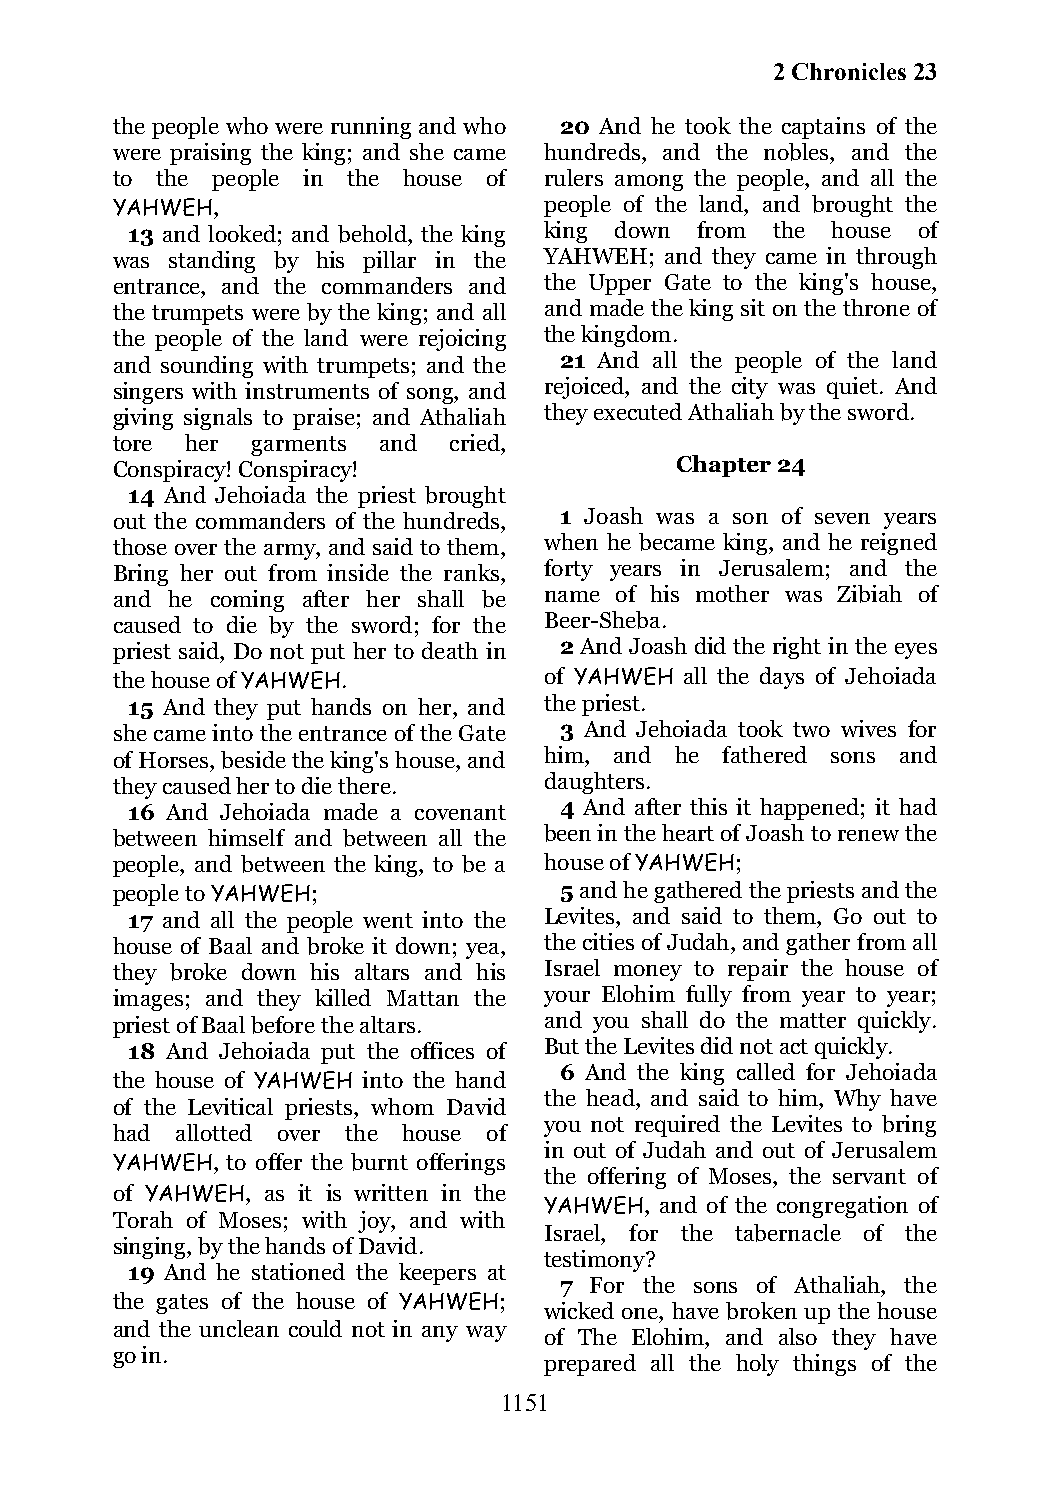
2 Chronicles 23
 the people who were running and who 20 And he took the captains of the
 were praising the king; and she came hundreds, and the nobles, and the
 to the people in the house of rulers among the people, and all the
 YAHWEH,                      people of the land, and brought the
 13 and looked; and behold, the king king down from the house of
 was standing by his pillar in the YAHWEH; and they came in through
 entrance, and the commanders and the Upper Gate to the king's house,
 the trumpets were by the king; and all and made the king sit on the throne of
 the people of the land were rejoicing the kingdom.
 and sounding with trumpets; and the 21 And all the people of the land
 singers with instruments of song, and rejoiced, and the city was quiet. And
 giving signals to praise; and Athaliah they executed Athaliah by the sword.
 tore her  garments and cried,
 Conspiracy! Conspiracy!               Chapter 24
 14 And Jehoiada the priest brought
 out the commanders of the hundreds, 1 Joash was a son of seven years
 those over the army, and said to them, when he became king, and he reigned
 Bring her out from inside the ranks, forty years in Jerusalem; and the
 and he coming after her shall be name of his mother was Zibiah of
 caused to die by the sword; for the Beer-Sheba.
 priest said, Do not put her to death in 2 And Joash did the right in the eyes
 the house of YAHWEH.         of YAHWEH all the days of Jehoiada
 15 And they put hands on her, and the priest.
 she came into the entrance of the Gate 3 And Jehoiada took two wives for
 of Horses, beside the king's house, and him, and he fathered sons and
 they caused her to die there. daughters.
 16 And Jehoiada made a covenant 4 And after this it happened; it had
 between himself and between all the been in the heart of Joash to renew the
 people, and between the king, to be a house of YAHWEH;
 people to YAHWEH;             5 and he gathered the priests and the
 17 and all the people went into the Levites, and said to them, Go out to
 house of Baal and broke it down; yea, the cities of Judah, and gather from all
 they broke down his altars and his Israel money to repair the house of
 images; and they killed Mattan the your Elohim fully from year to year;
 priest of Baal before the altars. and you shall do the matter quickly.
 18 And Jehoiada put the offices of But the Levites did not act quickly.
 6 And the king called for Jehoiada
 the house of YAHWEH into the hand
 the head, and said to him, Why have
 of the Levitical priests, whom David
 you not required the Levites to bring
 had  allotted over the house of
 in out of Judah and out of Jerusalem
 YAHWEH, to offer the burnt offerings
 the offering of Moses, the servant of
 of YAHWEH, as it is written in the
 YAHWEH, and of the congregation of
 Torah of Moses; with joy, and with
 Israel, for the tabernacle of the
 singing, by the hands of David.
 testimony?
 19 And he stationed the keepers at
 7 For the sons of Athaliah, the
 the gates of the house of YAHWEH;
 wicked one, have broken up the house
 and the unclean could not in any way
 of The Elohim, and also they have
 go in.
 prepared all the holy things of the
 1151